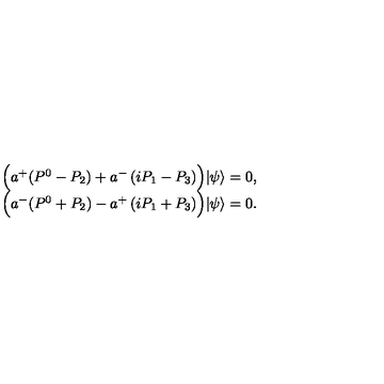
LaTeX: \begin{array} { c } { \Bigl ( a ^ { + } ( P ^ { 0 } - P _ { 2 } ) + a ^ { - } \left( i P _ { 1 } - P _ { 3 } \right) \Bigr ) | \psi \rangle = 0 , } \\ { \Bigl ( a ^ { - } ( P ^ { 0 } + P _ { 2 } ) - a ^ { + } \left( i P _ { 1 } + P _ { 3 } \right) \Bigr ) | \psi \rangle = 0 . } \\ \end{array}